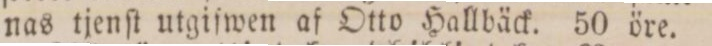
nas tjenſt utgiſwen af Otto Hallbäck. 50 öre.